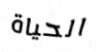
الحياة